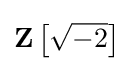
\mathbf {Z} \left[{\sqrt {-2}}\right]